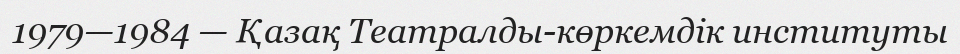
1979—1984 — Қазақ Театралды-көркемдік институты